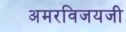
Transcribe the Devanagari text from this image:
अमरविजयजी